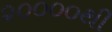
૨૦૦૦૦થી